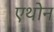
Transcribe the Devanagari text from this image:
एथोन